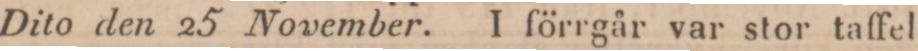
Dito den 25 November. I förrgår var stor taffel